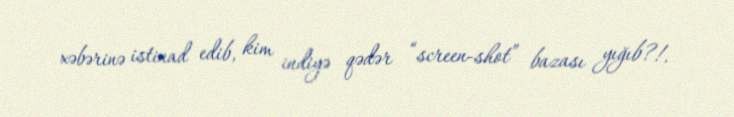
xəbərinə istinad edib, kim indiyə qədər “screen-shot” bazası yığıb?!.